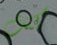
كنت